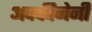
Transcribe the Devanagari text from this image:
अक्कीनेनी